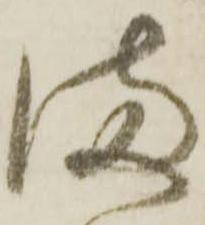
満